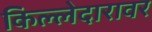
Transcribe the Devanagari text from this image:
किल्लेदारावर